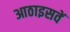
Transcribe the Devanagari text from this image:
आठाइसवें